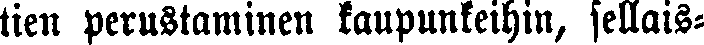
tien perustaminen kaupunkeihin, sellais-